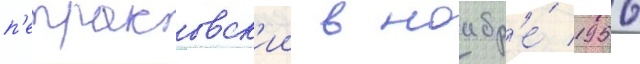
п'етраковск'ии в ноабр'е́ 1956